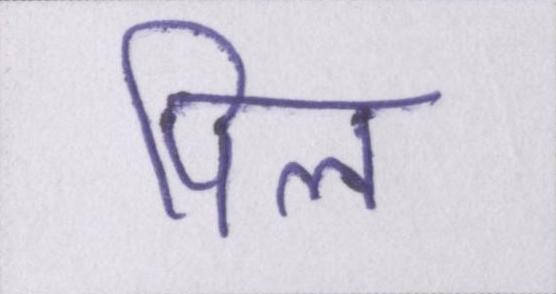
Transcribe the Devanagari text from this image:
पिल